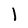
Character: l